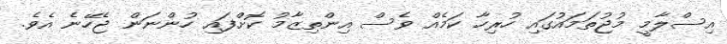
އިސްލާމީ މުޖުތަމައުގައި ހުރިހާ ކަމެއް ވެސް އިންތިޒާމު ކޮށްފައި ހުންނަން ޖެހޭނެ އެވެ.